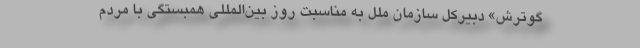
گوترش» دبیرکل سازمان ملل به مناسبت روز بین‌المللی همبستگی با مردم